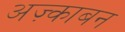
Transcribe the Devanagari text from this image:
अज़्काबन